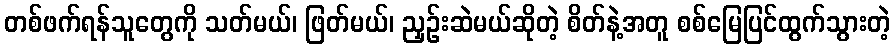
တစ်ဖက်ရန်သူတွေကို သတ်မယ်၊ ဖြတ်မယ်၊ ညှဉ်းဆဲမယ်ဆိုတဲ့ စိတ်နဲ့အတူ စစ်မြေပြင်ထွက်သွားတဲ့